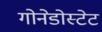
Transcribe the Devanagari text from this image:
गोनेडोस्टेट